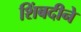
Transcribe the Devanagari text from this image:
शिंबदीने